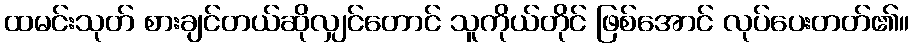
ထမင်းသုတ် စားချင်တယ်ဆိုလျှင်တောင် သူကိုယ်တိုင် ဖြစ်အောင် လုပ်ပေးတတ်၏။